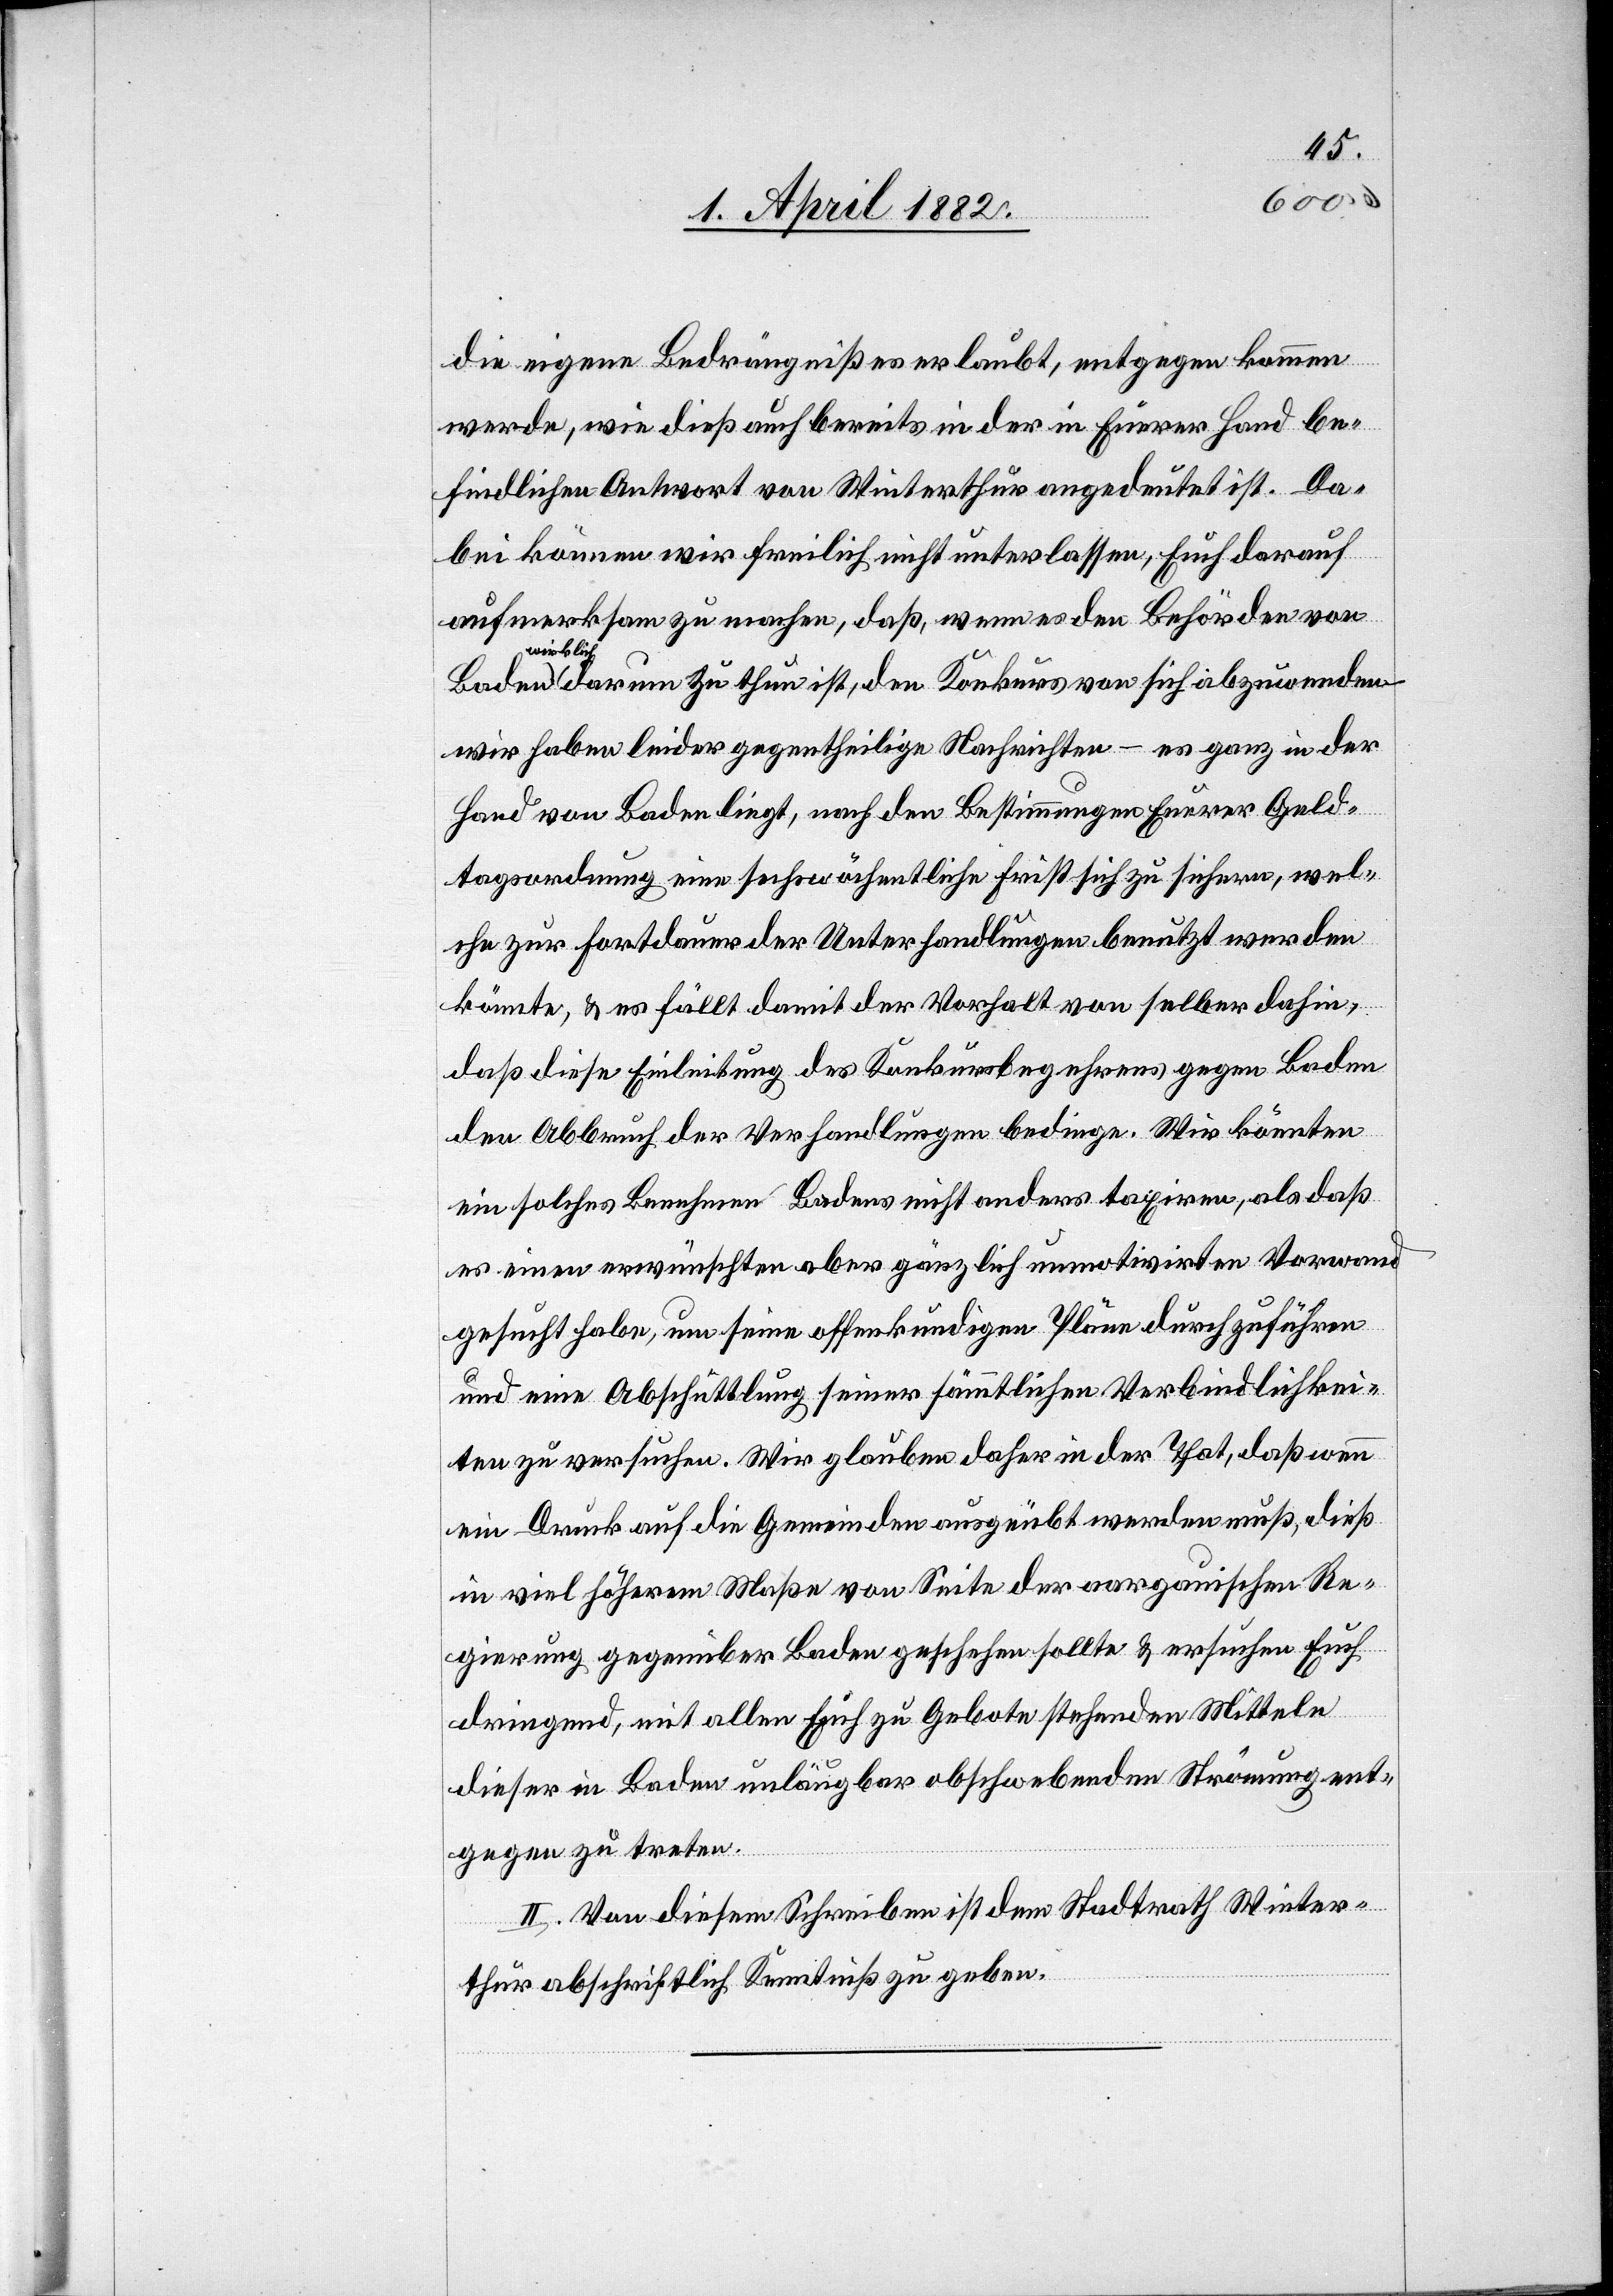
die eigene Bedrängniß es [sic!] erlaubt, entgegen kommen
werde, wie dieß auch bereits in der in Euerer Hand be¬
findlichen Antwort von Winterthur angedeutet ist. Da¬
bei können wir freilich nicht unterlassen, Euch darauf
aufmerksam zu machen, daß, wenn es den Behörden von
wirklic¬
h darum zu thun ist, den Konkurs von sich abzuwenden
wir haben leider gegentheilige Nachrichten – es ganz in der
Hand von Baden liegt, nach den Bestimmungen Euerer Geld¬
tagsordnung eine sechswöchentliche Frist sich zu sichern, wel¬
che zur Fortdauer der Unterhandlungen benutzt werden
könnte, & es fällt damit der Vorhalt von selber dahin,
daß diese Einleitung des Konkursbegehrens gegen Baden
den Abbruch der Verhandlungen bedinge. Wir könnten
ein solches Benehmen Badens nicht anders taxiren, als daß
es einen erwünschten aber gänzlich unmotivirten Vorwand
gesucht habe, um seine offenkundigen Pläne durchzuführen
und eine Abschüttlung seiner sämmtlichen Verbindlichkei¬
ten zu versuchen. Wir glauben daher in der That, daß wenn
ein Druck auf die Gemeinden ausgeübt werden muß, dieß
in viel höherem Maße von Seite der aargauischen Re¬
gierung gegenüber Baden geschehen sollte & ersuchen Euch
dringend, mit allen Euch zu Gebote stehenden Mitteln
dieser in Baden unläugbar obschwebenden Strömung ent¬
gegen zu treten.[“]
II. Von diesem Schreiben ist dem Stadtrath Winter¬
thur abschriftlich Kenntniß zu geben.